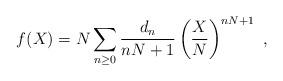
LaTeX: \begin{align*}f(X)=N \sum_{n\ge 0} {d_n\over {nN+1}} \left(X\over N\right)^{nN+1}~,\end{align*}